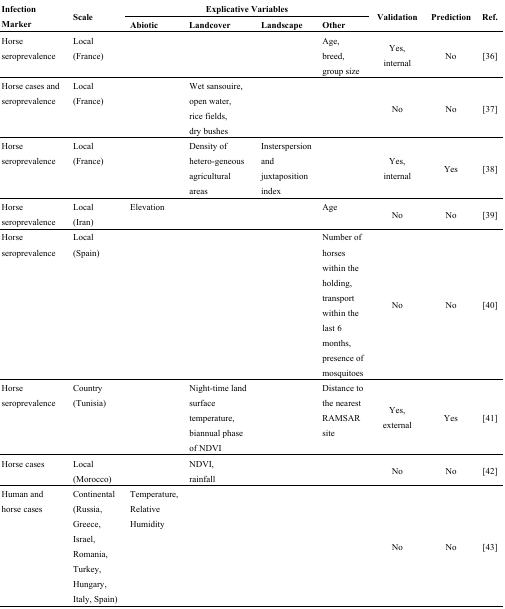
<table><thead><tr><td rowspan="2"><b>Infection Marker</b></td><td rowspan="2"><b>Scale</b></td><td colspan="4"><b>Explicative Variables</b></td><td rowspan="2"><b>Validation</b></td><td rowspan="2"><b>Prediction</b></td><td rowspan="2"><b>Ref.</b></td></tr><tr><td><b>Abiotic</b></td><td><b>Landcover</b></td><td><b>Landscape</b></td><td><b>Other</b></td></tr></thead><tbody><tr><td>Horse seroprevalence</td><td>Local (France)</td><td></td><td></td><td></td><td>Age, breed, group size</td><td>Yes, internal</td><td>No</td><td>[36]</td></tr><tr><td>Horse cases and seroprevalence</td><td>Local (France)</td><td></td><td>Wet sansouire, open water, rice fields, dry bushes</td><td></td><td></td><td>No</td><td>No</td><td>[37]</td></tr><tr><td>Horse seroprevalence</td><td>Local (France)</td><td></td><td>Density of hetero-geneous agricultural areas</td><td>Insterspersion and juxtaposition index</td><td></td><td>Yes, internal</td><td>Yes</td><td>[38]</td></tr><tr><td>Horse seroprevalence</td><td>Local (Iran)</td><td>Elevation</td><td></td><td></td><td>Age</td><td>No</td><td>No</td><td>[39]</td></tr><tr><td>Horse seroprevalence</td><td>Local (Spain)</td><td></td><td></td><td></td><td>Number of horses within the holding, transport within the last 6 months, presence of mosquitoes</td><td>No</td><td>No</td><td>[40]</td></tr><tr><td>Horse seroprevalence</td><td>Country (Tunisia)</td><td></td><td>Night-time land surface temperature, biannual phase of NDVI</td><td></td><td>Distance to the nearest RAMSAR site</td><td>Yes, external</td><td>Yes</td><td>[41]</td></tr><tr><td>Horse cases</td><td>Local (Morocco)</td><td></td><td>NDVI, rainfall</td><td></td><td></td><td>No</td><td>No</td><td>[42]</td></tr><tr><td>Human and horse cases</td><td>Continental (Russia, Greece, Israel, Romania, Turkey, Hungary, Italy, Spain)</td><td>Temperature, Relative Humidity</td><td></td><td></td><td></td><td>No</td><td>No</td><td>[43]</td></tr></tbody></table>